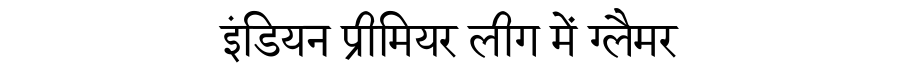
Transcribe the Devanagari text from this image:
इंडियन प्रीमियर लीग में ग्लैमर